Indian journal of veterinary science and animal husbandry - Volume 10,
Year: 1940
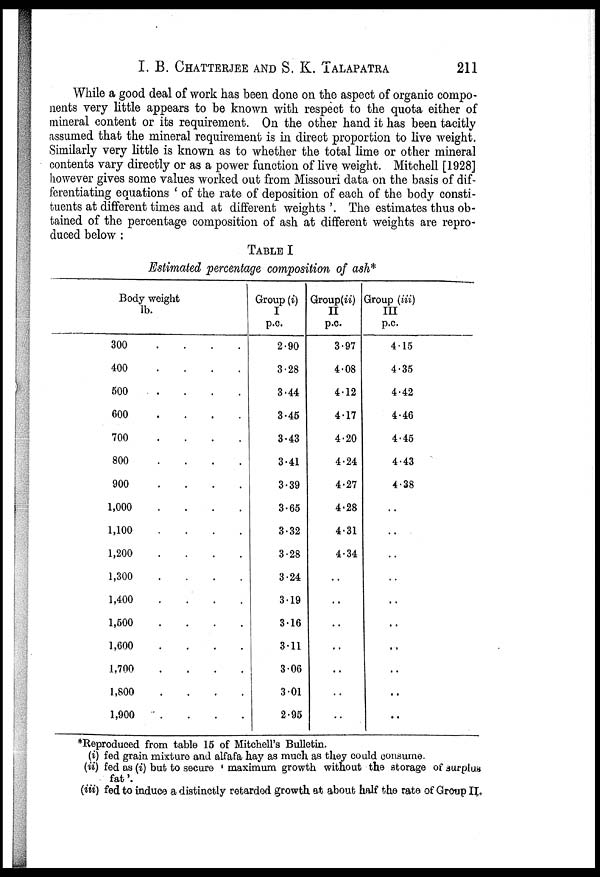
I. B. CHATTERJEE AND S. K. TALAPATRA 211
While a good deal of work has been done on the aspect of organic compo-
nents very little appears to be known with respect to the quota either of
mineral content or its requirement. On the other hand it has been tacitly
assumed that the mineral requirement is in direct proportion to live weight.
Similarly very little is known as to whether the total lime or other mineral
contents vary directly or as a power function of live weight. Mitchell [1928]
however gives some values worked out from Missouri data on the basis of dif-
ferentiating equations ' of the rate of deposition of each of the body consti-
tuents at different times and at different weights'. The estimates thus ob-
tained of the percentage composition of ash at different weights are repro-
duced below :
TABLE I
Estimated percentage composition of ash*
Body weight
lb.
300 . . . .
400 . . . .
500 . . . .
600 . . . .
700 . . . .
800 . . . .
900 . . . .
1,000 . . . .
1,100 . . . .
1,200 . . . .
1,300 . . . .
1,400 . . . .
1,500 . . . .
1,600 . . . .
1,700 . . . .
1,800 . . . .
1,900 . . . .
Group (i)
I
p.c.
2.90
3.28
3.44
3.45
3.43
3.41
3.39
3.65
3.32
3.28
3.24
3.19
3.16
3.11
3.06
3.01
2.95
Group(ii)
II
p.c.
3.97
4.08
4.12
4.17
4.20
4.24
4.27
4.28
4.31
4.34
. .
. .
. .
. .
. .
. .
. .
Group (iii)
III
p.c.
4.15
4.35
4.42
4.46
4.45
4.43
4.38
. .
. .
. .
. .
. .
. .
. .
. .
. .
. .
*Reproduced from table 15 of Mitchell's Bulletin.
(i) fed grain mixture and alfafa hay as much as they could consume.
(ii) fed as (i) but to secure ' maximum growth without the storage of surplus
fat'.
(iii) fed to induce a distinctly retarded growth at about half the rate of Group II.